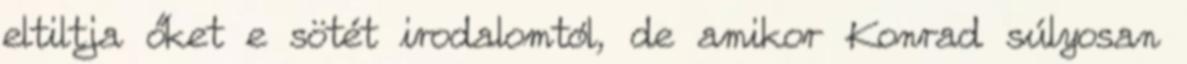
eltiltja őket e sötét irodalomtól, de amikor Konrad súlyosan